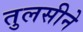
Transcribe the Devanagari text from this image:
तुलसीने